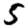
Digit: 5